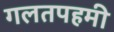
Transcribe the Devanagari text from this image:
गलतपहमी